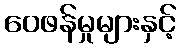
ဝေဖန်မှုများနှင့်